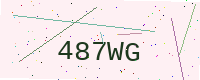
Text: 487WG